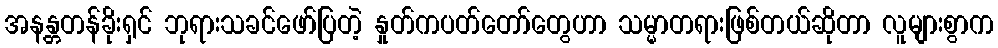
အနန္တတန်ခိုးရှင် ဘုရားသခင်ဖော်ပြတဲ့ နှုတ်ကပတ်တော်တွေဟာ သမ္မာတရားဖြစ်တယ်ဆိုတာ လူများစွာက